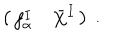
LaTeX: \left( \begin{array} { c c } { { f _ { \alpha } ^ { I } } } & { { \bar { X } ^ { I } } } \\ \end{array} \right) \ .